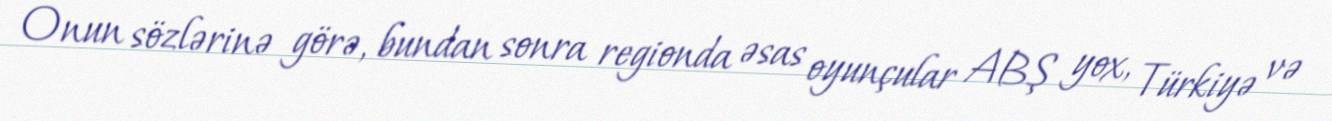
Onun sözlərinə görə, bundan sonra regionda əsas oyunçular ABŞ yox, Türkiyə və